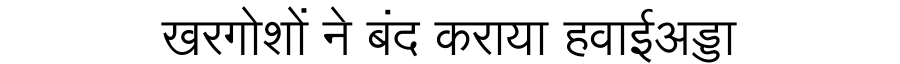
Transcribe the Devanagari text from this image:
खरगोशों ने बंद कराया हवाईअड्डा